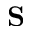
\mathbf { S }